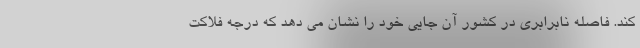
کند. فاصله نابرابری در کشور آن جایی خود را نشان می دهد که درجه فلاکت